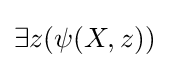
\exists z(\psi (X,z))